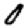
Digit: 0